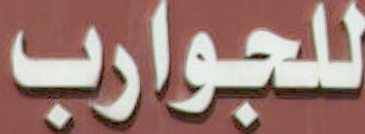
للجوارب